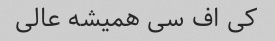
کی اف سی همیشه عالی